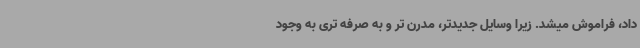
داد، فراموش میشد. زیرا وسایل جدیدتر، مدرن تر و به صرفه تری به وجود